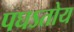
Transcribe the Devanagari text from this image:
पघऽतोय